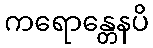
ကရောန္တေနပိ